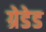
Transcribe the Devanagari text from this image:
ग्रेडेड